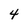
Character: 4